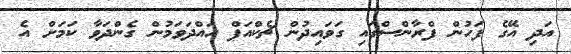
އަދި އޭގެ ފަހުން ފްރާންސްގައި ގަވައިދުން ޗެކްއަޕް ހައްދަވަމުން ގެންދަވާ ކަމަށް އެ